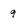
Character: 9